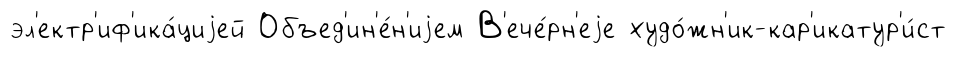
эл'ектр'иф'ика́циjей Объед'ин'е́н'иjем В'ече́рн'еjе худо́жн'ик-кар'икатур'и́ст